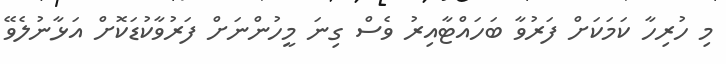
މި ހުރިހާ ކަމަކަށް ފަރުވާ ބަހައްޓާއިރު ވެސް ގިނަ މީހުންނަށް ފަރުވާކުޑަކޮށް އަޅާނުލެވޭ